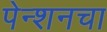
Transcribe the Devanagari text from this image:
पेन्शनचा